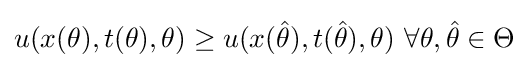
u(x(\theta ),t(\theta ),\theta )\geq u(x({\hat {\theta }}),t({\hat {\theta }}),\theta )\ \forall \theta ,{\hat {\theta }}\in \Theta